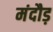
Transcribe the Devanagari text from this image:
मंदौड़